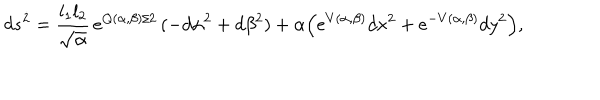
d s ^ { 2 } = { \frac { l _ { 1 } l _ { 2 } } { \sqrt { \alpha } } } \, e ^ { Q ( \alpha , \beta ) / 2 } \, ( - d \alpha ^ { 2 } + d \beta ^ { 2 } ) + \alpha { \left( e ^ { V ( \alpha , \beta ) } d x ^ { 2 } + e ^ { - V ( \alpha , \beta ) } d y ^ { 2 } \right) } ,